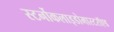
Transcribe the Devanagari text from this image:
स्टर्नोकलाइडोमास्टरॉएड